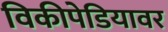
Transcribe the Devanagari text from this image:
विकीपेडियावर